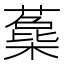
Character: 𣛳